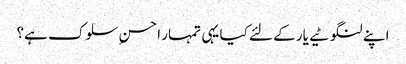
اپنے لنگوٹیے یار کے لئے کیا یہی تمہار ا حسنِ سلوک ہے؟